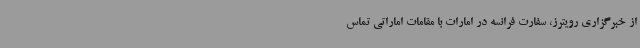
از خبرگزاری رویترز، سفارت فرانسه در امارات با مقامات اماراتی تماس